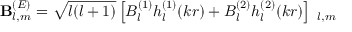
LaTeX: \mathbf { B } _ { l , m } ^ { ( E ) } = { \sqrt { l ( l + 1 ) } } \left[ B _ { l } ^ { ( 1 ) } h _ { l } ^ { ( 1 ) } ( k r ) + B _ { l } ^ { ( 2 ) } h _ { l } ^ { ( 2 ) } ( k r ) \right] \mathbf { \Phi } _ { l , m }